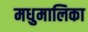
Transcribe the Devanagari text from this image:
मधुमालिका